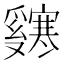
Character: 𬋸